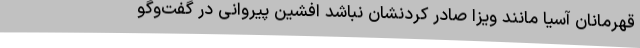
قهرمانان آسیا مانند ویزا صادر کردنشان نباشد افشین پیروانی در گفت‌وگو